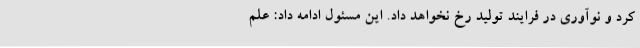
کرد و نوآوری در فرایند تولید رخ نخواهد داد. این مسئول ادامه داد: علم